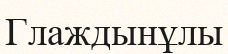
Глаждынұлы